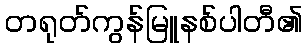
တရုတ်ကွန်မြူနစ်ပါတီ၏